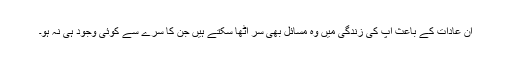
ان عادات کے باعث آپ کی زندگی میں وہ مسائل بھی سر اٹھا سکتے ہیں جن کا سرے سے کوئی وجود ہی نہ ہو۔